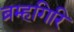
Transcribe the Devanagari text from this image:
ब्रम्हगिरि